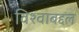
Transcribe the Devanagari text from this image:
विश्वाबद्दल